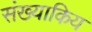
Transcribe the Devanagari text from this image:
संख्याकिय